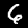
Digit: 6